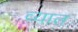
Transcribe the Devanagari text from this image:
व्यात